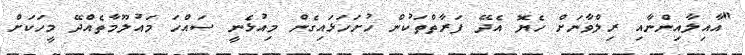
"އާއިލާއިންނާއި ރިލްވާނަށް ހެޔޮ އެދޭ ފަރާތްތަކުން ހުށަހަޅައިގެން މިއުޅެނީ ސައްހަ މައުލޫމާތެއްދޭ މީހަކަށް